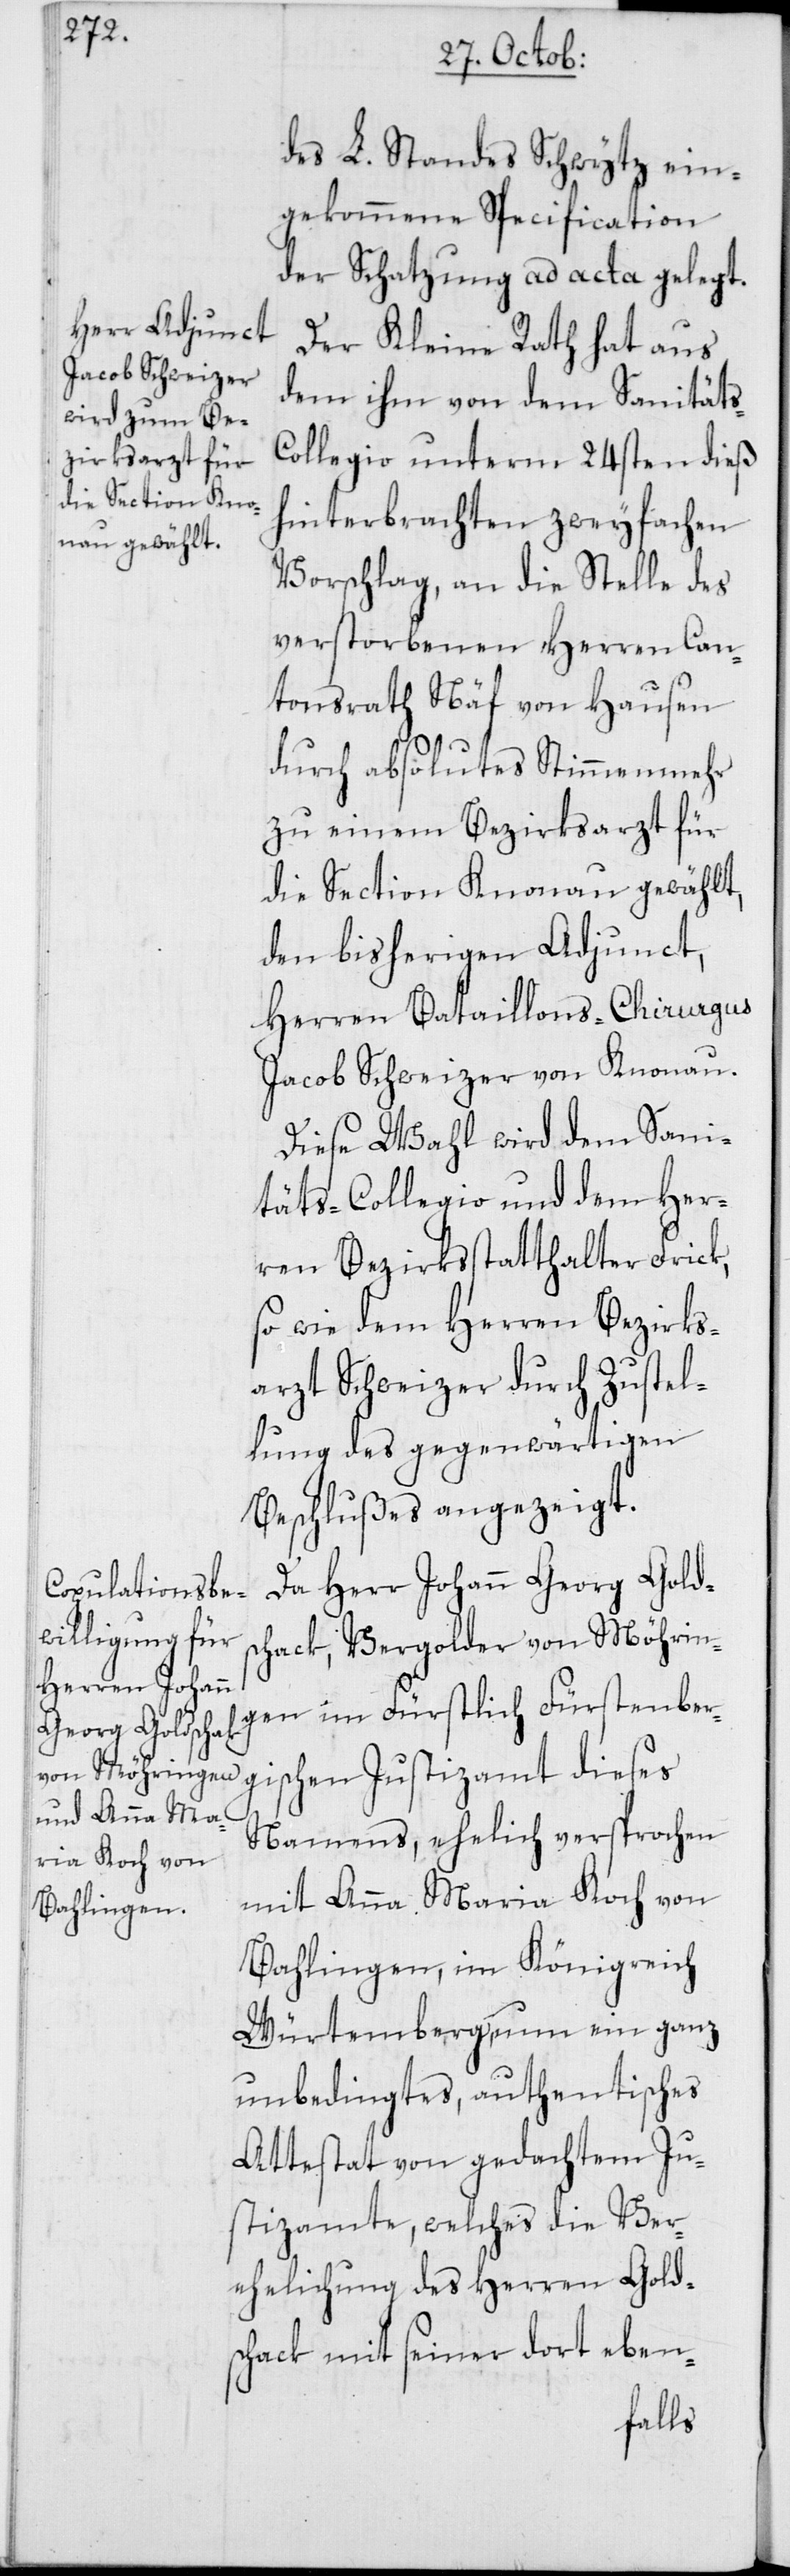
des L. Standes Schwytz ein¬
gekommene Specification
der Schatzung ad acta gelegt.
Der Kleine Rath hat aus
dem ihm von dem Sanitäts-C¬
ollegio unterm 24sten dieß
hinterbrachten zweyfachen
Vorschlag, an die Stelle des
verstorbenen Herren Can¬
tonsrath Näf von Hausen
durch absolutes Stimmenmehr
zu einem Bezirksarzt für
die Section Knonau gewählt,
den bisherigen Adjunct,
Herren Bataillons-Chirurgus
Jacob Schweizer von Knonau.
Diese Wahl wird dem Sani¬
täts-Collegio und dem Her¬
ren Bezirksstatthalter Frick,
so wie dem Herren Bezirks¬
arzt Schweizer durch Zustel¬
lung des gegenwärtigen
Beschlußes angezeigt.
Da Herr Johann Georg Golds¬
chack, Vergolder von Möhrin¬
gen im Fürstlich Fürstenber¬
gischen Justizamt dieses
Namens, ehelich versprochen
mit Anna Maria Koch von
Bahlingen, im Königreich
Würtemberg, nun ein ganz
unbedingtes, authentisches
Attestat von gedachtem Ju¬
stizamte, welches die Ver¬
ehelichung des Herren Golds¬
chack mit seiner dort eben-